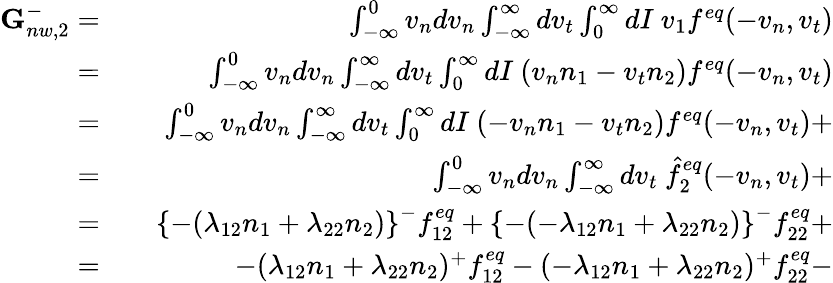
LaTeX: \begin{array}{rlr}{\textbf{G}_{nw,2}^{-}=}&{{}}&{\int_{-\infty}^{0}v_{n}dv_{n}\int_{-\infty}^{\infty}dv_{t}\int_{0}^{\infty}dI\ v_{1}f^{eq}(-v_{n},v_{t})}\\ {=}&{{}}&{\int_{-\infty}^{0}v_{n}dv_{n}\int_{-\infty}^{\infty}dv_{t}\int_{0}^{\infty}dI\ (v_{n}n_{1}-v_{t}n_{2})f^{eq}(-v_{n},v_{t})}\\ {=}&{{}}&{\int_{-\infty}^{0}v_{n}dv_{n}\int_{-\infty}^{\infty}dv_{t}\int_{0}^{\infty}dI\ (-v_{n}n_{1}-v_{t}n_{2})f^{eq}(-v_{n},v_{t})+}\\ {=}&{{}}&{\int_{-\infty}^{0}v_{n}dv_{n}\int_{-\infty}^{\infty}dv_{t}\ \hat{f}_{2}^{eq}(-v_{n},v_{t})+}\\ {=}&{{}}&{\left\{ -(\lambda_{12}n_{1}+\lambda_{22}n_{2})\right\} ^{-}f_{12}^{eq}+\left\{ -(-\lambda_{12}n_{1}+\lambda_{22}n_{2})\right\} ^{-}f_{22}^{eq}+}\\ {=}&{{}}&{-(\lambda_{12}n_{1}+\lambda_{22}n_{2})^{+}f_{12}^{eq}-(-\lambda_{12}n_{1}+\lambda_{22}n_{2})^{+}f_{22}^{eq}-}\end{array}